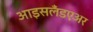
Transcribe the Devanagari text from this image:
आइसलँडएअर